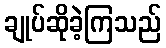
ချုပ်ဆိုခဲ့ကြသည်